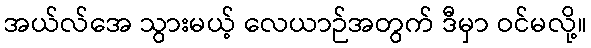
အယ်လ်အေ သွားမယ့် လေယာဉ်အတွက် ဒီမှာ ဝင်မလို့။